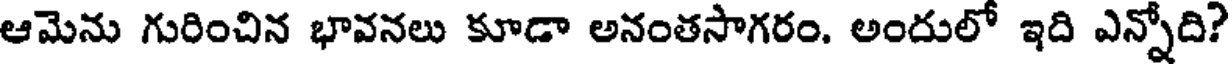
ఆమెను గురించిన భావనలు కూడా అనంతసాగరం. అందులో ఇది ఎన్నోది?